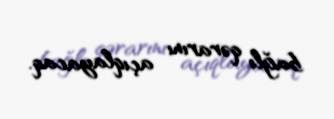
bağlı qərarını açıqlayacaq.